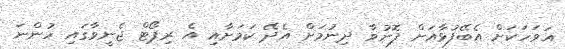
އަވަހަކަށް އެބޭފުޅާއަށް ފޮނުވާ ދިނުމަށް އެދޭ ކަމަށާއި އެ ރިޕޯޓް ޖެނީވާގައި ހުންނަ